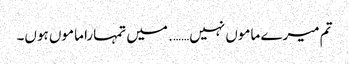
تم میرے ماموں نہیں……. میں تمہارا ماموں ہوں۔